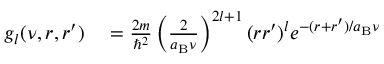
\begin{array} { r l } { g _ { l } ( \nu , r , r ^ { \prime } ) } & { { } = \frac { 2 m } { \hbar ^ { 2 } } \left( \frac { 2 } { a _ { \mathrm { B } } \nu } \right) ^ { 2 l + 1 } ( r r ^ { \prime } ) ^ { l } e ^ { - ( r + r ^ { \prime } ) / a _ { \mathrm { B } } \nu } } \end{array}